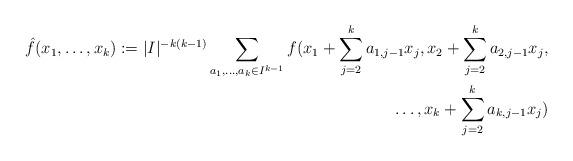
LaTeX: \begin{align*} \hat{f}(x_1,\dots,x_k) := |I|^{-k(k-1)} \sum_{a_1,\dots,a_k \in I^{k-1}} f(x_1 + \sum_{j=2}^k a_{1,j-1} x_j, x_2 + \sum_{j=2}^k a_{2,j-1} x_j, \\ \dots, x_k + \sum_{j=2}^k a_{k,j-1} x_j) \end{align*}